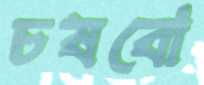
চষবো